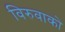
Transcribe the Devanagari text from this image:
विरुवाको